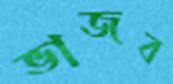
ভাজব